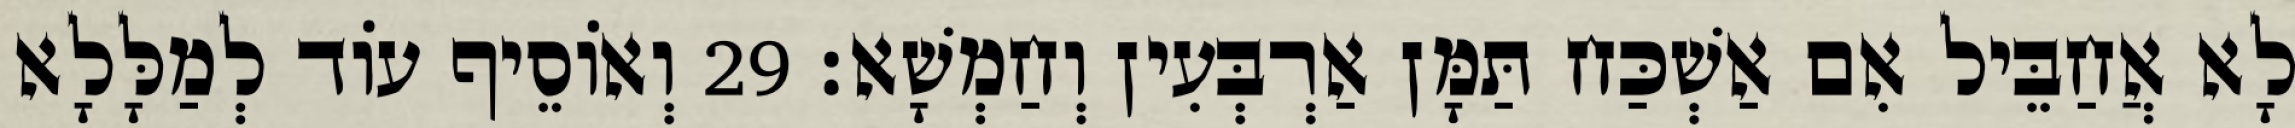
לָא אֲחַבֵּיל אִם אַשְׁכַּח תַּמָּן אַרְבְּעִין וְחַמְשָׁא׃ 29 וְאוֹסֵיף עוֹד לְמַלָּלָא